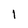
Character: 1